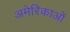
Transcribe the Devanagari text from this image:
अमेरिकाओं